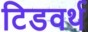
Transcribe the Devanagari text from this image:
टिडवर्थ